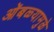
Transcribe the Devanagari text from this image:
ओंबळ्यामुळे